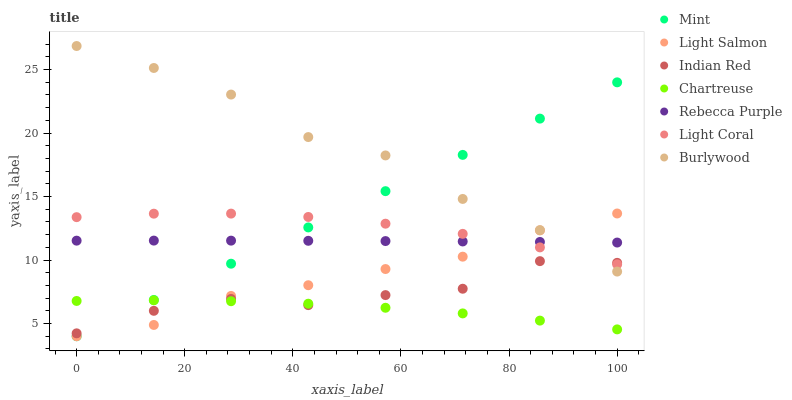
| xaxis_label | Mint | Light Salmon | Indian Red | Chartreuse | Rebecca Purple | Light Coral | Burlywood |
 | --- | --- | --- | --- | --- | --- | --- | --- |
 | 0 | 4 | 4 | 4.23 | 6.78 | 11.5 | 13.4 | 26.9 |
 | 14.3 | 6.86 | 4.89 | 6 | 6.83 | 11.5 | 13.7 | 25.1 |
 | 28.6 | 9.71 | 7.18 | 6.94 | 6.76 | 11.5 | 13.7 | 23 |
 | 42.9 | 12.6 | 8.02 | 6.45 | 6.56 | 11.5 | 13.4 | 19.7 |
 | 57.1 | 15.4 | 9.29 | 7.24 | 6.24 | 11.5 | 12.9 | 18.2 |
 | 71.4 | 18.3 | 10.3 | 7.74 | 5.8 | 11.5 | 12.1 | 14.8 |
 | 85.7 | 21.1 | 12.3 | 9.91 | 5.23 | 11.4 | 11 | 12.4 |
 | 100 | 24 | 13.7 | 9.78 | 4.54 | 11.4 | 9.66 | 9.09 |